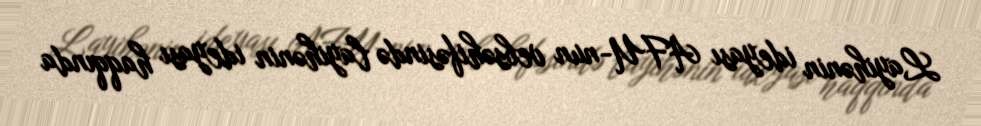
Layihənin ideyası AFU-nun vebsəhifəsində layihənin ideyası haqqında